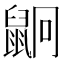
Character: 𪕍